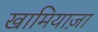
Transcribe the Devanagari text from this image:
खामियाज़ा